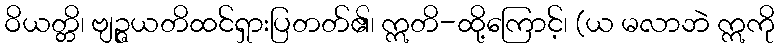
ဝိယတ္တိ၊ ဗျဉ္ဇယတိထင်ရှားပြတတ်၏၊ ဣတိ-ထို့ကြောင့်၊ (ယ မလာဘဲ ဣကို